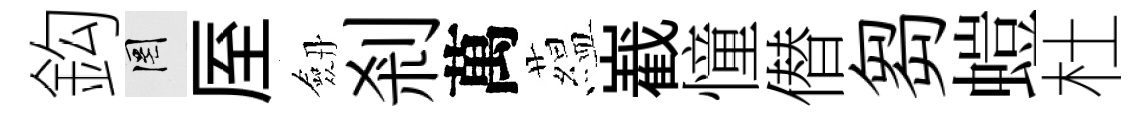
鈎罔厔劔剎萬藴嶻憧僣芻螘杜